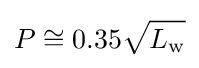
P\cong 0.35{\sqrt {L_{\mathrm {w} }}}